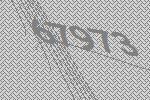
67973